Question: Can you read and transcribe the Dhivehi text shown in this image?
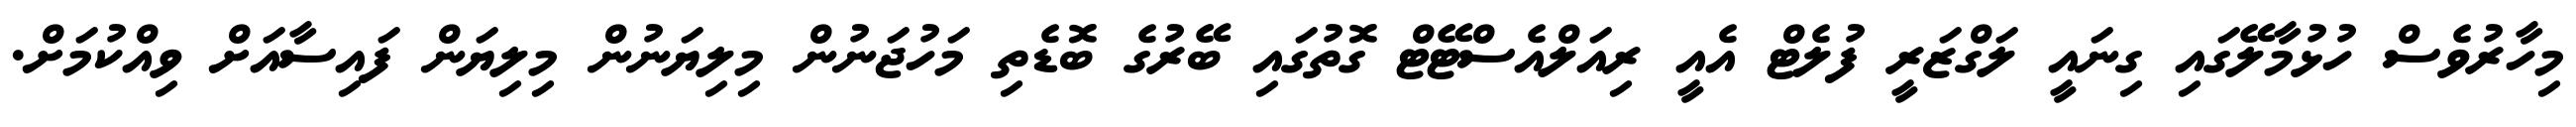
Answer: މިހާރުވެސް ހުޅުމާލޭގައި ގިނައީ ލަގްޒަރީ ފުލެޓް އެއީ ރިއަލްއެސްޓޭޓް ގޮތުގައި ބޭރުގެ ބޮޑެތި މަހުޖަނުން މިލިޔަނުން މިލިޔަން ފައިސާއަށް ވިއްކުމަށް.